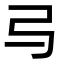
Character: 㢧